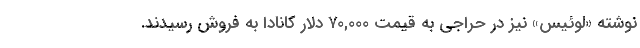
‌نوشته «لوئیس» نیز در حراجی به قیمت ۷۰,۰۰۰ دلار کانادا به فروش رسیدند.